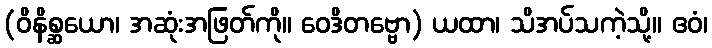
(ဝိနိစ္ဆယော၊ အဆုံးအဖြတ်ကို။ ဝေဒိတဗ္ဗော) ယထာ၊ သိအပ်သကဲ့သို့။ ဧဝံ၊